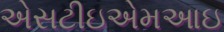
એસટીઇએમઆઇ